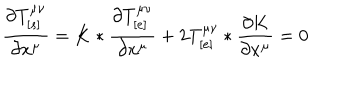
LaTeX: \frac { \partial T _ { [ s ] } ^ { \mu \nu } } { \partial x ^ { \mu } } = K * \frac { \partial T _ { [ e ] } ^ { \mu \nu } } { \partial x ^ { \mu } } + 2 T _ { [ e ] } ^ { \mu \nu } * \frac { \partial K } { \partial x ^ { \mu } } = 0